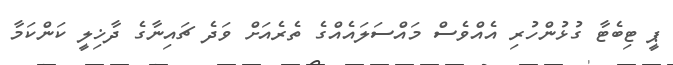
ޕީ ޓިބެޓާ ގުޅުންހުރި އެއްވެސް މައްސަލައެއްގެ ތެރެއަށް ވަދެ ޗައިނާގެ ދާޚިލީ ކަންކަމާ